Insane asylums in Bengal annual reports 1867-1875 - 1867-1875
Year: 1867
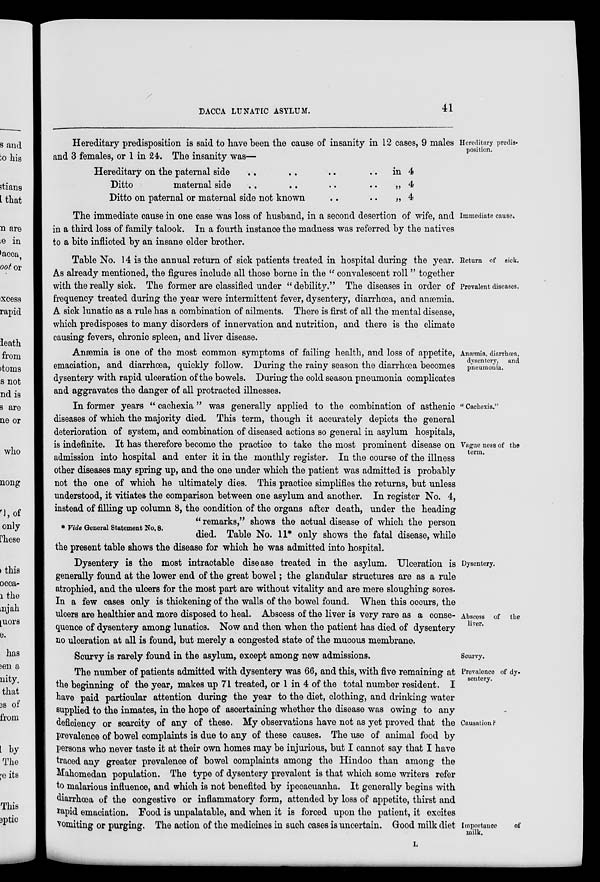
DACCA LUNATIC ASYLUM.
41
Hereditary predis-
position.
Hereditary predisposition is said to have been the cause of insanity in 12 cases, 9 males
and 3 females, or 1 in 24. The insanity was—
Hereditary on the paternal side .. .. .. ..
Ditto
maternal side .. .. .. ..
Ditto on paternal or maternal side not known .. ..
in 4
„ 4
„ 4
Immediate cause.
The immediate cause in one case was loss of husband, in a second desertion of wife, and
in a third loss of family talook. In a fourth instance the madness was referred by the natives
to a bite inflicted by an insane elder brother.
Return of sick.
Prevalent diseases.
Table No. 14 is the annual return of sick patients treated in hospital during the year.
As already mentioned, the figures include all those borne in the " convalescent roll " together
with the really sick. The former are classified under " debility." The diseases in order of
frequency treated during the year were intermittent fever, dysentery, diarrhœa, and anæmia.
A sick lunatic as a rule has a combination of ailments. There is first of all the mental disease,
which predisposes to many disorders of innervation and nutrition, and there is the climate
causing fevers, chronic spleen, and liver disease.
Anæmia, diarrhœa,
dysentery, and
pneumoni .
Anæmia is one of the most common symptoms of failing health, and loss of appetite,
emaciation, and diarrhœa, quickly follow. During the rainy season the diarrhœa becomes
dysentery with rapid ulceration of the bowels. During the cold season pneumonia complicates
and aggravates the danger of all protracted illnesses.
"Cachexia."
Vague ness of the
term.
* Vide General Statement No. 8.
In former years " cachexia" was generally applied to the combination of asthenic
diseases of which the majority died. This term, though it accurately depicts the general
deterioration of system, and combination of diseased actions so general in asylum hospitals,
is indefinite. It has therefore become the practice to take the most prominent disease on
admission into hospital and enter it in the monthly register. In the course of the illness
other diseases may spring up, and the one under which the patient was admitted is probably
not the one of which he ultimately dies. This practice simplifies the returns, but unless
understood, it vitiates the comparison between one asylum and another. In register No. 4,
instead of filling up column 8, the condition of the organs after death, under the heading
" remarks," shows the actual disease of which the person
died. Table No. 11* only shows the fatal disease, while
the present table shows the disease for which he was admitted into hospital.
Dysentery.
Abscess of the
liver.
Scurvy.
Dysentery is the most intractable disease treated in the asylum. Ulceration is
generally found at the lower end of the great bowel; the glandular structures are as a rule
atrophied, and the ulcers for the most part are without vitality and are mere sloughing sores.
In a few cases only is thickening of the walls of the bowel found. When this occurs, the
ulcers are healthier and more disposed to heal. Abscess of the liver is very rare as a conse-
quence of dysentery among lunatics. Now and then when the patient has died of dysentery
no ulceration at all is found, but merely a congested state of the mucous membrane.
Scurvy is rarely found in the asylum, except among new admissions.
Prevalence of dy-
sentery.
Causation ?
Importance
of
milk.
The number of patients admitted with dysentery was 66, and this, with five remaining at
the beginning of the year, makes up 71 treated, or 1 in 4 of the total number resident. I
have paid particular attention during the year to the diet, clothing, and drinking water
supplied to the inmates, in the hope of ascertaining whether the disease was owing to any
deficiency or scarcity of any of these. My observations have not as yet proved that the
prevalence of bowel complaints is due to any of these causes. The use of animal food by
persons who never taste it at their own homes may be injurious, but I cannot say that I have
traced any greater prevalence of bowel complaints among the Hindoo than among the
Mahomedan population. The type of dysentery prevalent is that which some writers refer
to malarious influence, and which is not benefited by ipecacuanha. It generally begins with
diarrhœa of the congestive or inflammatory form, attended by loss of appetite, thirst and
rapid emaciation. Food is unpalatable, and when it is forced upon the patient, it excites
vomiting or purging. The action of the medicines in such cases is uncertain. Good milk diet
L